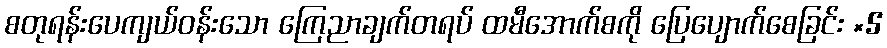
စတုရန်းပေကျယ်ဝန်းသော ကြေညာချက်တရပ် ထမီအောက်စကို ပြေပျောက်စေခြင်း ×5